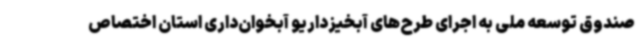
صندوق توسعه ملی به اجرای طرح‌های آبخیزداریو آبخوان‌داری استان اختصاص